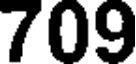
709